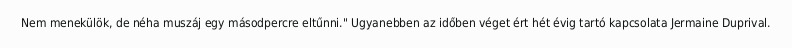
Nem menekülök, de néha muszáj egy másodpercre eltűnni." Ugyanebben az időben véget ért hét évig tartó kapcsolata Jermaine Duprival.